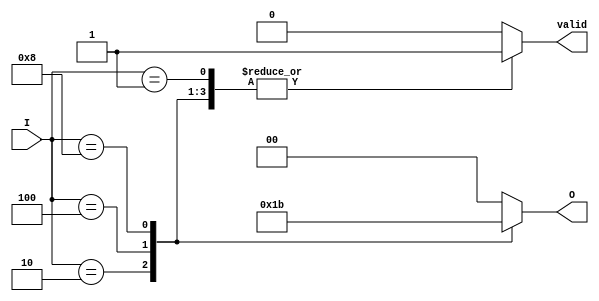
module encoder_4_to_2 (
    input [3:0] I,
    output reg [1:0] O,
    output reg valid
);
    always @(*) begin
        case (I)
            4'b0001: begin O = 2'b00; valid = 1; end
            4'b0010: begin O = 2'b01; valid = 1; end
            4'b0100: begin O = 2'b10; valid = 1; end
            4'b1000: begin O = 2'b11; valid = 1; end
            default: begin O = 2'b00; valid = 0; end  // Invalid case
        endcase
    end
endmodule